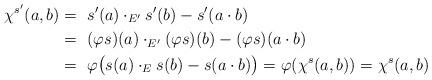
LaTeX: \begin{align*}\chi^{s'} (a, b) =~& s' (a) \cdot_{E'} s' (b) - s' (a \cdot b) \\=~& (\varphi s)(a) \cdot_{E'} (\varphi s) (b) - (\varphi s)(a \cdot b) \\=~& \varphi \big( s(a) \cdot_E s(b) - s(a \cdot b) \big) = \varphi (\chi^s (a, b) ) = \chi^s (a, b)\end{align*}